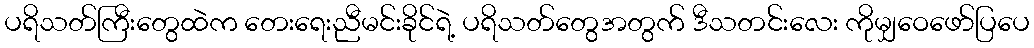
ပရိသတ်ကြီးတွေထဲက တေးရေးညီမင်းခိုင်ရဲ့ ပရိသတ်တွေအတွက် ဒီသတင်းလေး ကိုမျှဝေဖော်ပြပေ